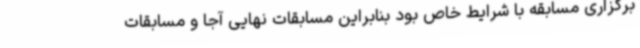
برگزاری مسابقه با شرایط خاص بود بنابراین مسابقات نهایی آجا و مسابقات